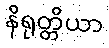
နိရုတ္တိယာ